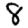
Digit: 8